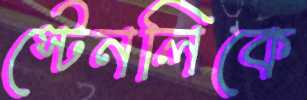
স্টেনলিকে